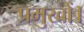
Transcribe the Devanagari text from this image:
प्रमुखों।